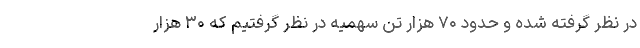
در نظر گرفته شده و حدود ۷۰ هزار تن سهمیه در نظر گرفتیم که ۳۰ هزار